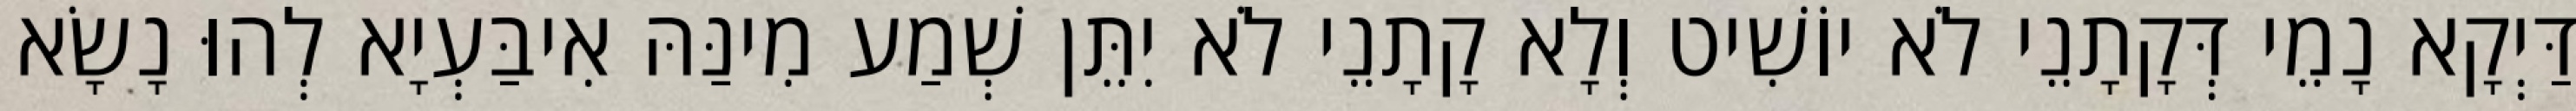
דַּיְקָא נָמֵי דְּקָתָנֵי לֹא יוֹשִׁיט וְלָא קָתָנֵי לֹא יִתֵּן שְׁמַע מִינַּהּ אִיבַּעְיָא לְהוּ נָשָׂא